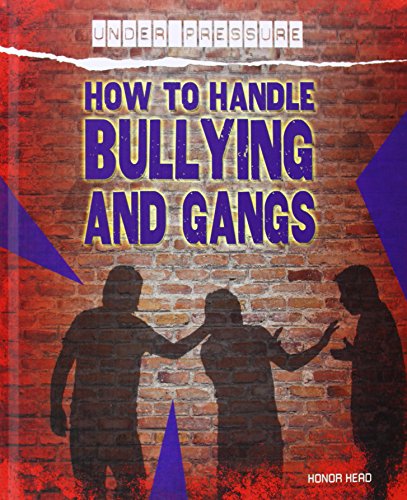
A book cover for How to Handle Bullying and Gangs (Under Pressure); Honor Head; Teen & Young Adult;